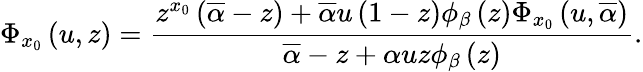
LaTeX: \Phi_{x_{0}}\left(u,z\right)=\frac{z^{x_{0}}\left(\overline{{\alpha}}-z\right)+\overline{{\alpha}}u\left(1-z\right)\phi_{\beta}\left(z\right)\Phi_{x_{0}}\left(u,\overline{{\alpha}}\right)}{\overline{{\alpha}}-z+\alpha uz\phi_{\beta}\left(z\right)}.